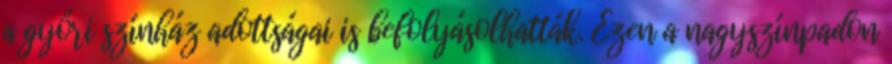
a győri színház adottságai is befolyásolhatták. Ezen a nagyszínpadon